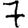
Digit: 7